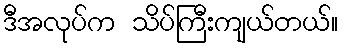
ဒီအလုပ်က သိပ်ကြီးကျယ်တယ်။